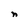
Character: n